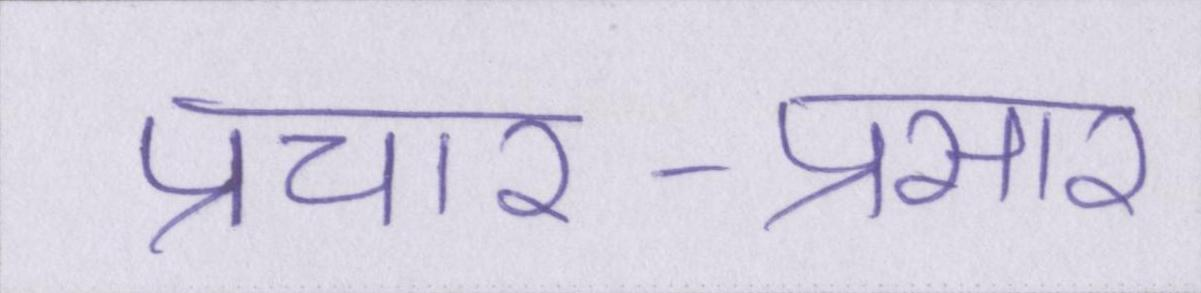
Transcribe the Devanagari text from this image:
प्रचार-प्रसार